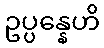
ဥပ္ပန္နေဟိ